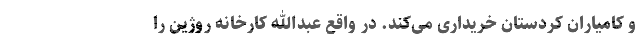
و کامیاران کردستان خریداری می‌کند. در واقع عبدالله کارخانه روژین را